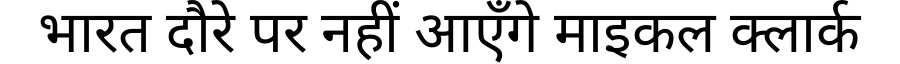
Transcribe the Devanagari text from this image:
भारत दौरे पर नहीं आएँगे माइकल क्लार्क